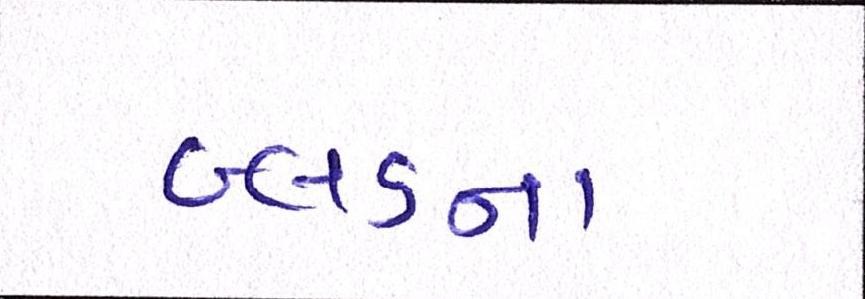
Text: બ્લડના